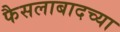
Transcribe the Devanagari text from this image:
फैसलाबादच्या